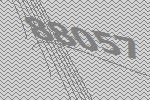
88057